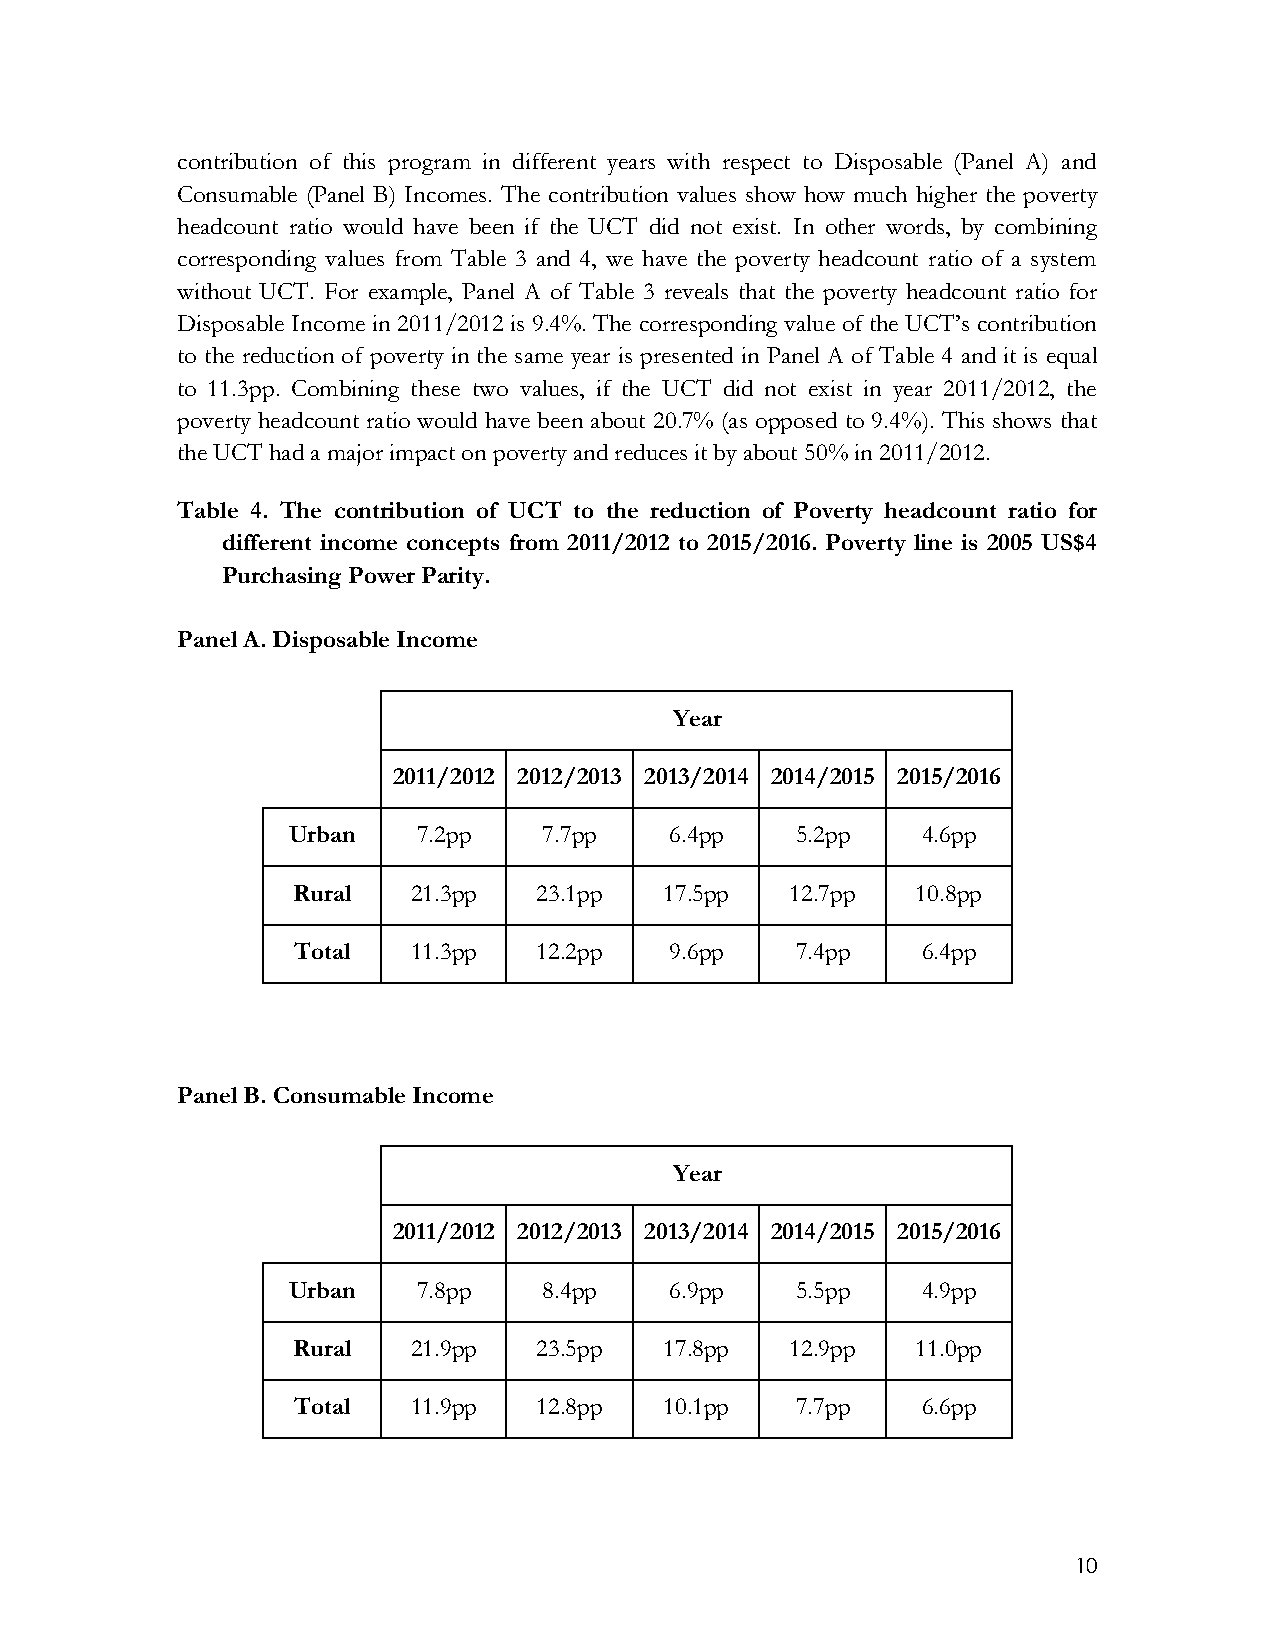
contribution of this program in different years with respect to Disposable (Panel A) and
 Consumable (Panel B) Incomes. The contribution values show how much higher the poverty
 headcount ratio would have been if the UCT did not exist. In other words, by combining
 corresponding values from Table 3 and 4, we have the poverty headcount ratio of a system
 without UCT. For example, Panel A of Table 3 reveals that the poverty headcount ratio for
 Disposable Income in 2011/2012 is 9.4%. The corresponding value of the UCT’s contribution
 to the reduction of poverty in the same year is presented in Panel A of Table 4 and it is equal
 to 11.3pp. Combining these two values, if the UCT did not exist in year 2011/2012, the
 poverty headcount ratio would have been about 20.7% (as opposed to 9.4%). This shows that
 the UCT had a major impact on poverty and reduces it by about 50% in 2011/2012.
 Table 4. The contribution of UCT to the reduction of Poverty headcount ratio for
 different income concepts from 2011/2012 to 2015/2016. Poverty line is 2005 US$4
 Purchasing Power Parity.
 Panel A. Disposable Income
 Year
 2011/2012 2012/2013 2013/2014 2014/2015 2015/2016
 Urban    7.2pp   7.7pp   6.4pp    5.2pp   4.6pp
 Rural   21.3pp  23.1pp   17.5pp  12.7pp   10.8pp
 Total   11.3pp  12.2pp   9.6pp    7.4pp   6.4pp
 Panel B. Consumable Income
 Year
 2011/2012 2012/2013 2013/2014 2014/2015 2015/2016
 Urban    7.8pp   8.4pp   6.9pp    5.5pp   4.9pp
 Rural   21.9pp  23.5pp   17.8pp  12.9pp   11.0pp
 Total   11.9pp  12.8pp   10.1pp   7.7pp   6.6pp
 10